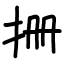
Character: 𪭪